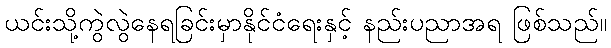
ယင်းသို့ကွဲလွဲနေရခြင်းမှာနိုင်ငံရေးနှင့် နည်းပညာအရ ဖြစ်သည်။